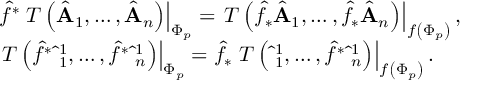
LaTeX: \begin{array} { l } { { \hat { f } ^ { * } \left. T \left( \hat { \bf A } _ { 1 } , \ldots , \hat { \bf A } _ { n } \right) \right| _ { \Phi _ { p } } = \left. T \left( \hat { f } _ { * } \hat { \bf A } _ { 1 } , \ldots , \hat { f } _ { * } \hat { \bf A } _ { n } \right) \right| _ { f \left( \Phi _ { p } \right) } , } } \\ { { \left. T \left( \hat { f } ^ { * } \hat { \bf \omega } _ { 1 } ^ { 1 } , \ldots , \hat { f } ^ { * } \hat { \bf \omega } _ { n } ^ { 1 } \right) \right| _ { \Phi _ { p } } = \hat { f } _ { * } \left. T \left( \hat { \bf \omega } _ { 1 } ^ { 1 } , \ldots , \hat { f } ^ { * } \hat { \bf \omega } _ { n } ^ { 1 } \right) \right| _ { f \left( \Phi _ { p } \right) } . } } \end{array}